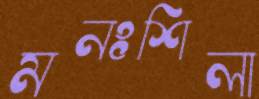
মনঃশিলা